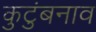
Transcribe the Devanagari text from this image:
कुटुंबनाव